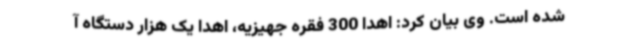
شده است. وی بیان کرد: اهدا 300 فقره جهیزیه، اهدا یک هزار دستگاه آ